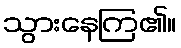
သွားနေကြ၏။